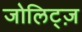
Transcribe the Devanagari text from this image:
जोलिट्ज़